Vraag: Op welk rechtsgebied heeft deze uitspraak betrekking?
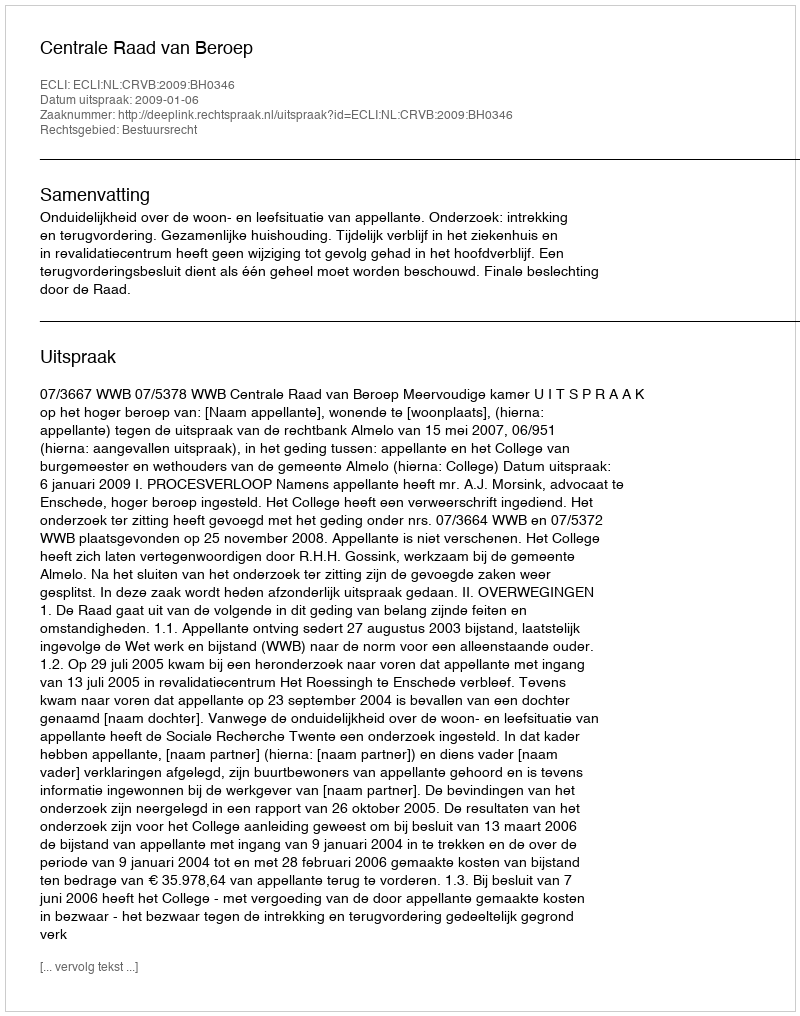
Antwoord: Bestuursrecht